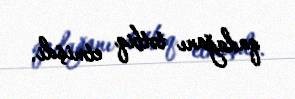
qadağanı tətbiq etmişdi.